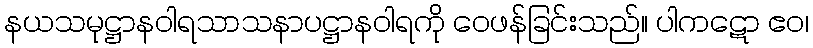
နယသမုဋ္ဌာနဝါရသာသနာပဋ္ဌာနဝါရကို ဝေဖန်ခြင်းသည်။ ပါကဋော ဧဝ၊